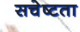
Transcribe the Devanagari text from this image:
सचेष्टता